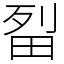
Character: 㽝